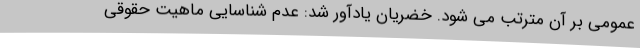
عمومی بر آن مترتب می شود. خضریان یادآور شد: عدم شناسایی ماهیت حقوقی